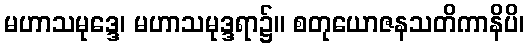
မဟာသမုဒ္ဒေ၊ မဟာသမုဒ္ဒရာ၌။ စတုယောဇနသတိကာနိပိ၊